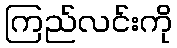
ကြည်လင်းကို